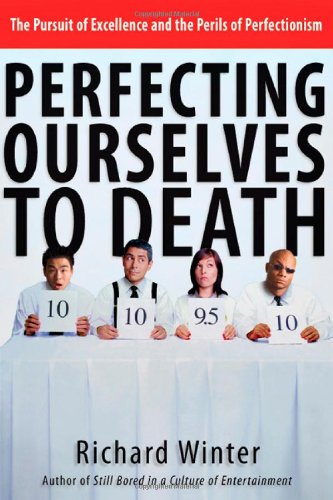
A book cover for Perfecting Ourselves to Death: The Pursuit of Excellence and the Perils of Perfectionism; Richard Winter; Christian Books & Bibles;